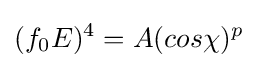
(f_{0}E)^{4}=A(cos\chi )^{p}